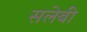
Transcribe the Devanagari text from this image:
सलेबी